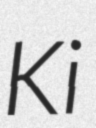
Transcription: Ki